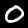
Digit: 0